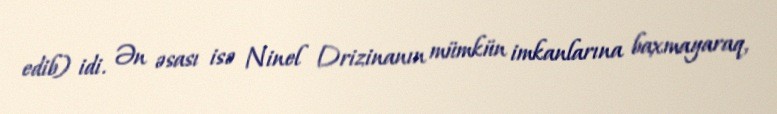
edib) idi. Ən əsası isə Ninel Drizinanın mümkün imkanlarına baxmayaraq,